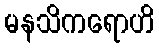
မနသိကရောဟိ